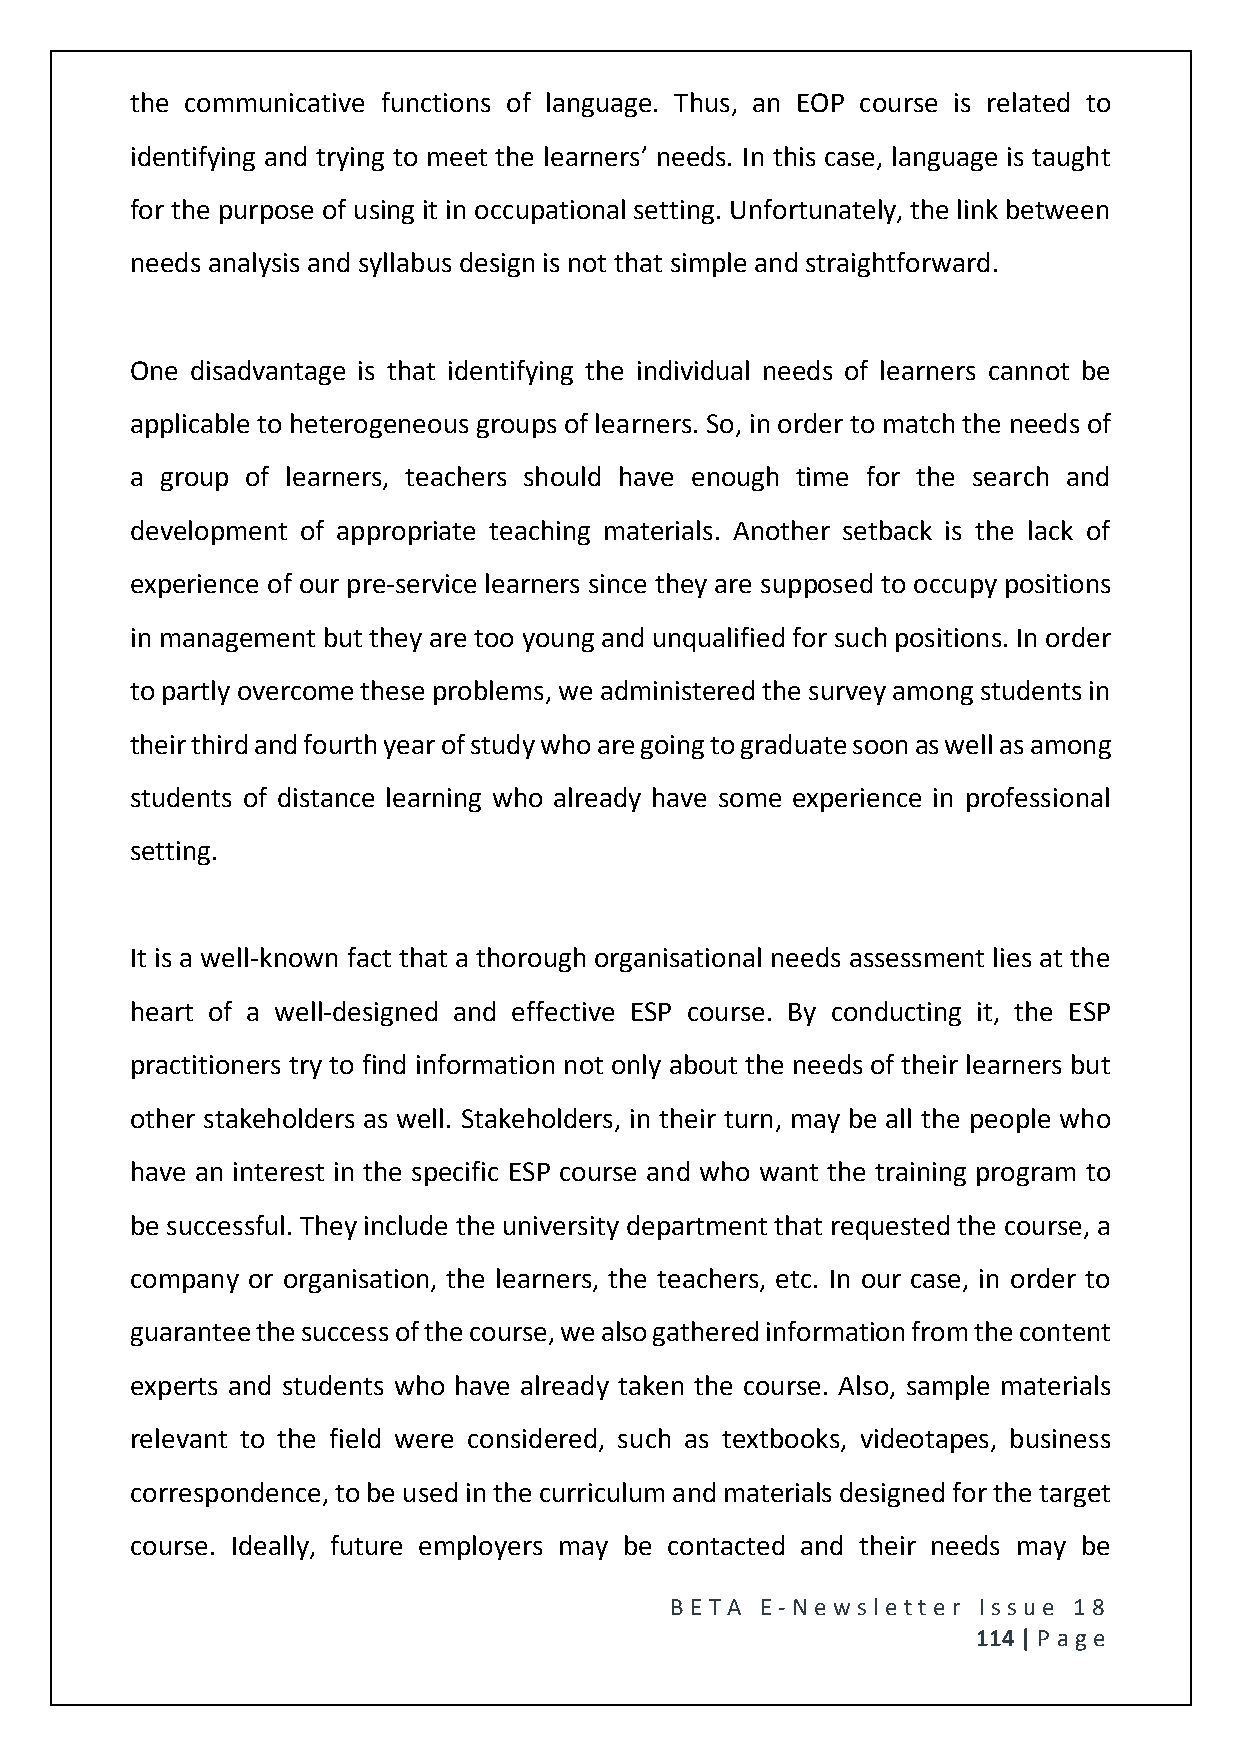
the communicative functions of language. Thus, an EOP course is related to
 identifying and trying to meet the learners’ needs. In this case, language is taught
 for the purpose of using it in occupational setting. Unfortunately, the link between
 needs analysis and syllabus design is not that simple and straightforward.
 One disadvantage is that identifying the individual needs of learners cannot be
 applicable to heterogeneous groups of learners. So, in order to match the needs of
 a group of learners, teachers should have enough time for the search and
 development of appropriate teaching materials. Another setback is the lack of
 experience of our pre-service learners since they are supposed to occupy positions
 in management but they are too young and unqualified for such positions. In order
 to partly overcome these problems, we administered the survey among students in
 their third and fourth year of study who are going to graduate soon as well as among
 students of distance learning who already have some experience in professional
 setting.
 It is a well-known fact that a thorough organisational needs assessment lies at the
 heart of a well-designed and effective ESP course. By conducting it, the ESP
 practitioners try to find information not only about the needs of their learners but
 other stakeholders as well. Stakeholders, in their turn, may be all the people who
 have an interest in the specific ESP course and who want the training program to
 be successful. They include the university department that requested the course, a
 company or organisation, the learners, the teachers, etc. In our case, in order to
 guarantee the success of the course, we also gathered information from the content
 experts and students who have already taken the course. Also, sample materials
 relevant to the field were considered, such as textbooks, videotapes, business
 correspondence, to be used in the curriculum and materials designed for the target
 course. Ideally, future employers may be contacted and their needs may be
 BE T A E -N e wsle tt e r Issue 18
 114 | P age